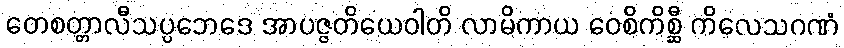
တေစတ္တာလီသပ္ပဘေဒေ အာပဇ္ဇတိယေဝါတိ လာမိကာယ ဝေစိကိစ္ဆီ ကိလေသဂဏံ